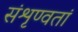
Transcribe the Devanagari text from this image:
संशृण्वतां